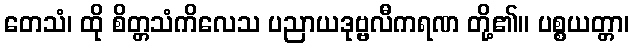
တေသံ၊ ထို စိတ္တသံကိလေသ ပညာယဒုဗ္ဗလီကရဏ တို့၏။ ပစ္စယတ္တာ၊